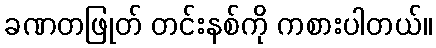
ခဏတဖြုတ် တင်းနစ်ကို ကစားပါတယ်။